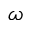
\omega